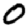
Digit: 0